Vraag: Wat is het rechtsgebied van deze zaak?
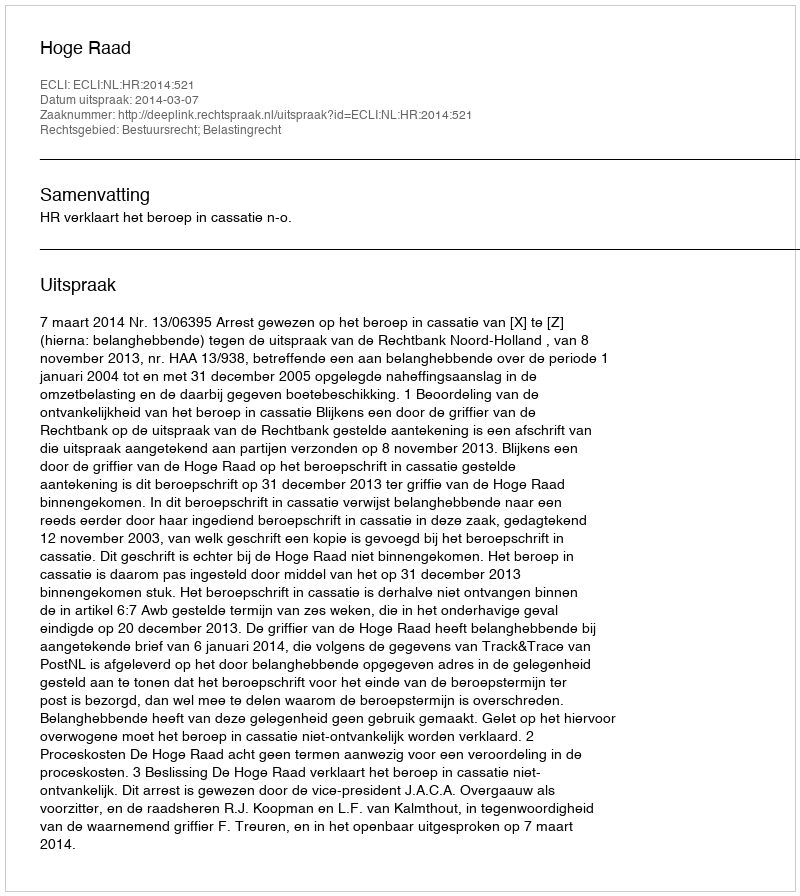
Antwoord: Bestuursrecht; Belastingrecht